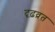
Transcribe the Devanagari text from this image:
दृढ़व्रत